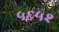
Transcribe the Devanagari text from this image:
५६५२